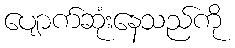
ပျောက်ဆုံးနေသည်ကို